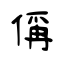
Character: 偁